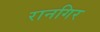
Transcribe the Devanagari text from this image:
रानगिर